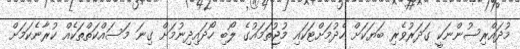
މުދައްރިސުންނަކީ ގަދަރުވެރި ބަޔަކަށް ހެދުމަށްޓަކައި މުޖުތަމައުގެ ލޯބި ހޯދައިދިނުމަށް ގިނަ މަސައްކަތްތަކެއް ކުރާނެކަމަށް